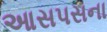
આસપસના